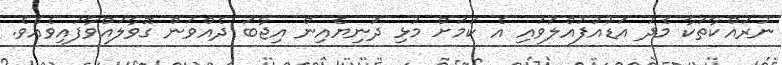
ނުރައްކާތަކާ މެދު އަޑުއުފުއްލަވައި އެ ކަމަށް މުޅި ދުނިޔެއިން އިޖާބަ ދެއްވަން ގޮވާލައްވާފައިވެއެވެ.